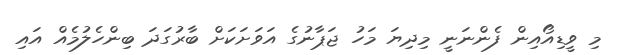
މި ވީޑިއޯއިން ފެންނަނީ މިދިޔަ މަހު ޖަޕާނުގެ އަވަށަކަށް ބާރުގަދަ ބިންހެލުމެއް އައި